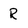
Character: R